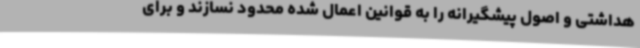
هداشتی و اصول پیشگیرانه را به قوانین اعمال شده محدود نسازند و برای